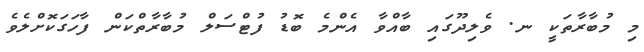
މި މުބާރާތަކީ ނ. ވެލިދޫގައި ބާއްވާ އެންމެ ބޮޑު ފުޓްސަލް މުބާރާތްކަން ފާހަގަކޮށްލެވެ